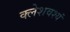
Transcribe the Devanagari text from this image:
क्लेशवश्यं